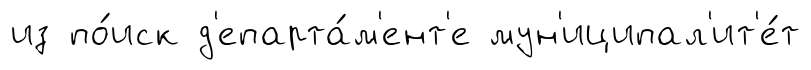
из по́иск д'епарта́м'ент'е мун'иципал'ит'е́т